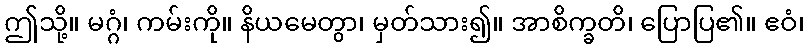
ဤသို့။ မဂ္ဂံ၊ ကမ်းကို။ နိယမေတွာ၊ မှတ်သား၍။ အာစိက္ခတိ၊ ပြောပြ၏။ ဧဝံ၊